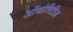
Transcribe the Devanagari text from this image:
ऑथोरिटीज़